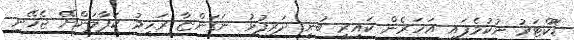
ޑޮކްޓަރު ނުކުމެފައި އަހަރެން ކައިރީ ބުނީ ދަރިފުޅު ނަގަންޏާ ރަހިމު ކަފާލަންށޭ ޖެހޭނީ